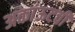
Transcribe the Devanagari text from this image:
अकांऊटची